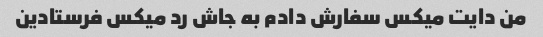
من دایت میکس سفارش دادم به جاش رد میکس فرستادین